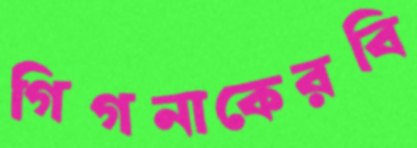
গিগনাকেরবি